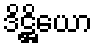
ဒိဋ္ဌိယော